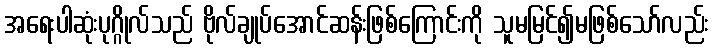
အရေးပါဆုံးပုဂ္ဂိုလ်သည် ဗိုလ်ချုပ်အောင်ဆန်းဖြစ်ကြောင်းကို သူမမြင်၍မဖြစ်သော်လည်း